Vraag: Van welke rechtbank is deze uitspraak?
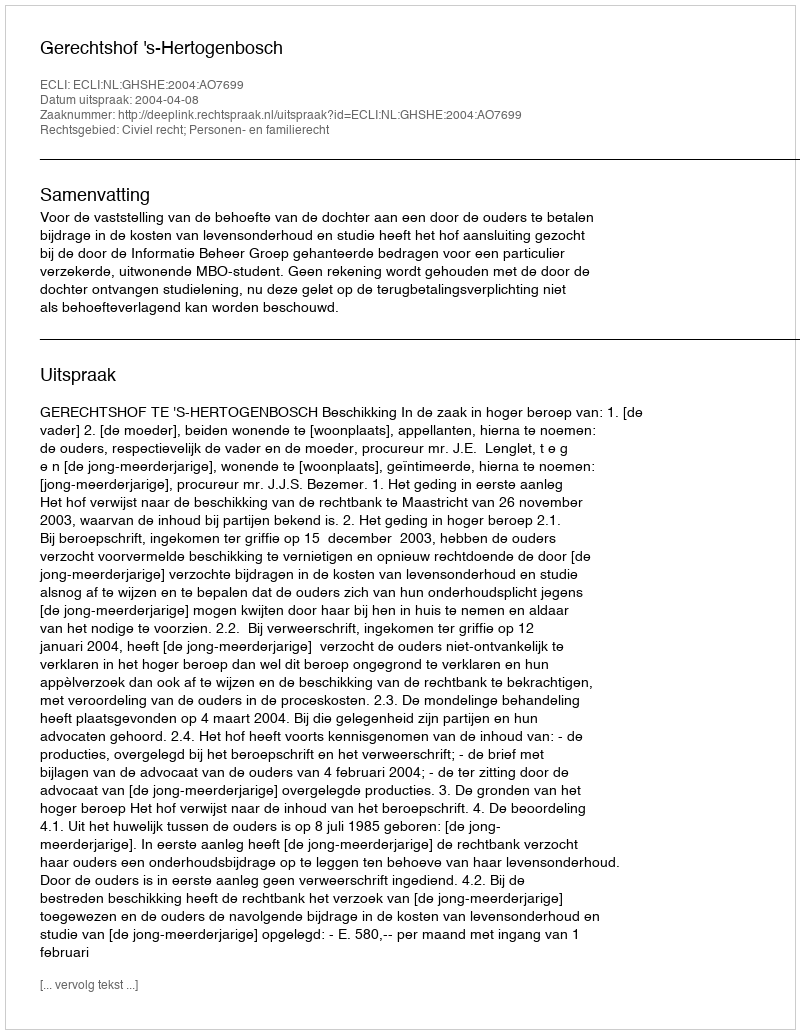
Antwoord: Gerechtshof 's-Hertogenbosch